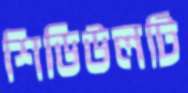
শিডিউলটি